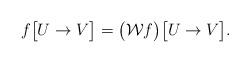
LaTeX: \begin{align*}f\big[U\to V\big] = \big(\mathcal{W}f\big)\big[U\to V\big].\end{align*}